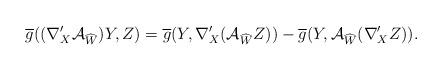
LaTeX: \begin{align*} \overline{g}((\nabla'_{X}\mathcal{A}_{\widehat{W}})Y,Z)=\overline{g}(Y,\nabla'_{X}(\mathcal{A}_{\widehat{W}}Z))-\overline{g}(Y,\mathcal{A}_{\widehat{W}}(\nabla'_{X}Z)).\end{align*}